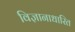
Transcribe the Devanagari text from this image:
विज्ञानाधारित